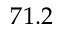
7 1 . 2